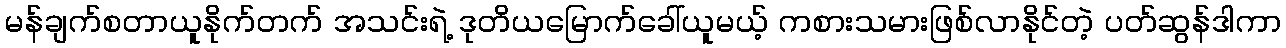
မန်ချက်စတာယူနိုက်တက် အသင်းရဲ့ ဒုတိယမြောက်ခေါ်ယူမယ့် ကစားသမားဖြစ်လာနိုင်တဲ့ ပတ်ဆွန်ဒါကာ